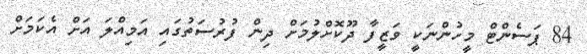
84 ޕަސެންޓް މީހުންނަކީ ވަޒީފާ ދޫކޮށްލުމަށް ދިން ފުރުސަތުގައި އަމިއްލަ އަށް އެކަމަށް